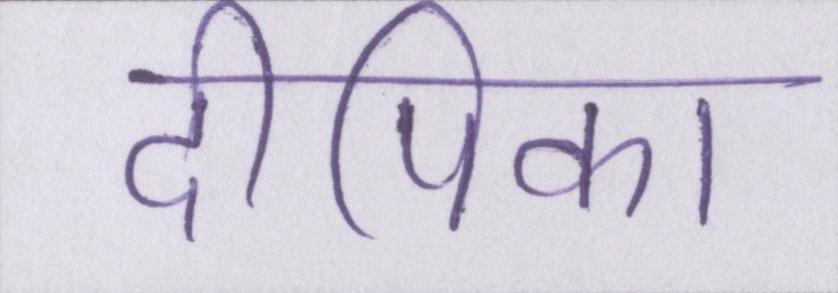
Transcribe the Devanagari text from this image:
दीपिका